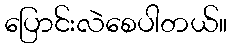
ပြောင်းလဲစေပါတယ်။